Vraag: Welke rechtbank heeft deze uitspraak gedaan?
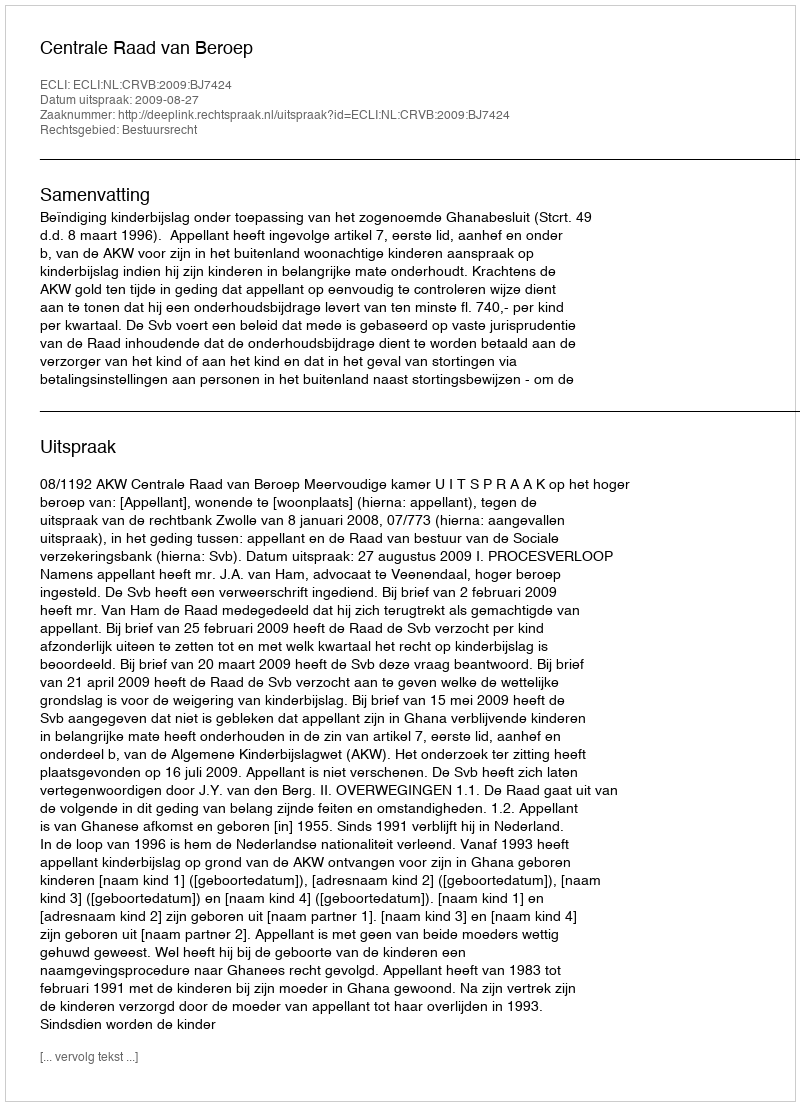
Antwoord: Centrale Raad van Beroep